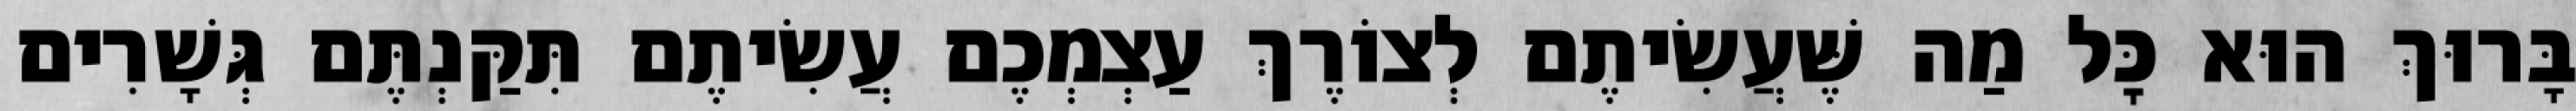
בָּרוּךְ הוּא כׇּל מַה שֶּׁעֲשִׂיתֶם לְצוֹרֶךְ עַצְמְכֶם עֲשִׂיתֶם תִּקַּנְתֶּם גְּשָׁרִים